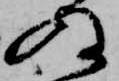
ぬ